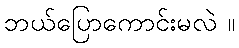
ဘယ်ပြောကောင်းမလဲ ။